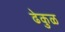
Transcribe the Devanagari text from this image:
ढेकुळ